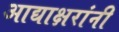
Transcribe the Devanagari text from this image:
आद्याक्षरांनी